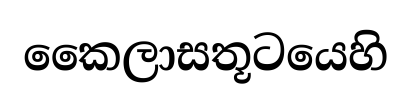
කෛලාසතූටයෙහි